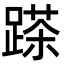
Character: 𨃓